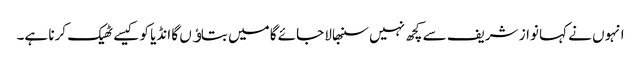
انہوں نے کہا نواز شریف سے کچھ نہیں سنبھالا جائے گا میں بتاﺅں گا انڈیا کو کیسے ٹھیک کرنا ہے۔